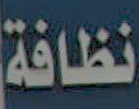
نظافة